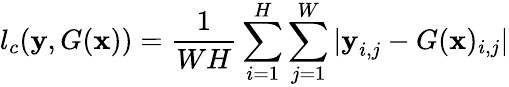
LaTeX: l_{c}(\textbf{y},G(\textbf{x}))=\frac{1}{WH}\sum_{i=1}^{H}\sum_{j=1}^{W}|\textbf{y}_{i,j}-G(\textbf{x})_{i,j}|